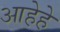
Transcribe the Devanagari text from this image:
आहेहे